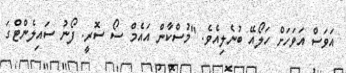
އަވަސް އަވަހަށް ހަލޯއޭ ބުނެލިއެވެ. "މުސްކާން އައެމް ސޯ ސޮރީ. ފޯނު ސައިލެންޓްގަ